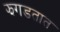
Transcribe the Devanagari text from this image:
झगडतात